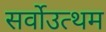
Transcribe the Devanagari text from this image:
सर्वोउत्थम